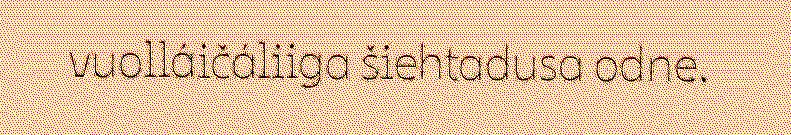
vuolláičáliiga šiehtadusa odne.